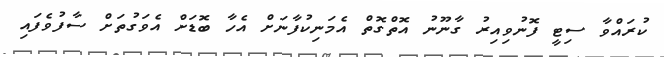
ކުރައްވާ ސިޓީ ފޮނުވިއިރު ގާނޫނު އޮތްގޮތް އެމަނިކުފާނަށް އެހާ ބޮޑަށް އެވަގުތަށް ސާފުވެފައި